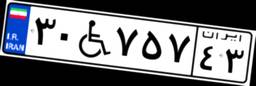
۳۰W۷۵۷۴۳